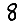
Digit: 8